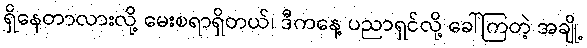
ရှိနေတာလားလို့ မေးစရာရှိတယ်၊ ဒီကနေ့ ပညာရှင်လို့ ခေါ်ကြတဲ့ အချို့